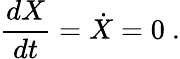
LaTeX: {\frac{dX}{dt}}={\dot{X}}=0~.